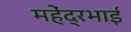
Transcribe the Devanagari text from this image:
महेंद्रभाई